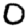
Digit: 0